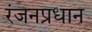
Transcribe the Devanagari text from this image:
रंजनप्रधान